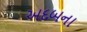
અદબના